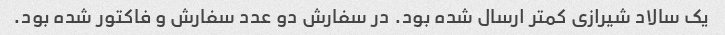
یک سالاد شیرازی کمتر ارسال شده بود. در سفارش دو عدد سفارش و فاکتور شده بود.